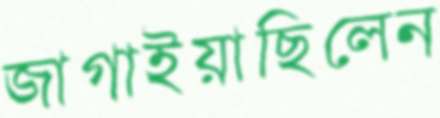
জাগাইয়াছিলেন